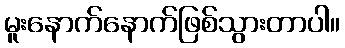
မူးနောက်နောက်ဖြစ်သွားတာပါ။